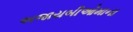
અજાયબીઓમાના